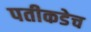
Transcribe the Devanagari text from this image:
पतीकडेच